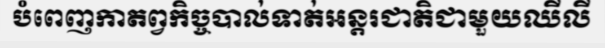
បំពេញកាតព្វកិច្ចបាល់ទាត់អន្តរជាតិជាមួយឈីលី